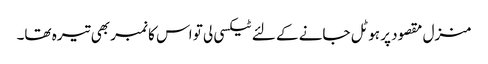
منزل مقصود پر ہوٹل جانے کے لئے ٹیکسی لی تو اس کا نمبر بھی تیرہ تھا۔